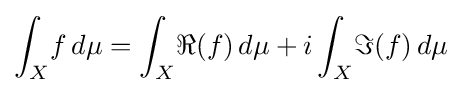
\int _{X}\!f\,d\mu =\int _{X}\!\Re (f)\,d\mu +i\int _{X}\!\Im (f)\,d\mu